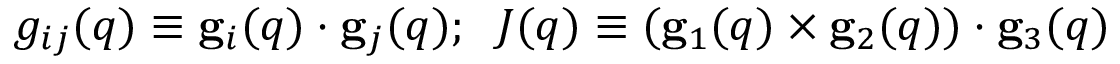
g _ { i j } ( { q } ) \equiv { \bf g } _ { i } ( { q } ) \cdot { \bf g } _ { j } ( { q } ) ; \; \; J ( { q } ) \equiv ( { \bf g } _ { 1 } ( { q } ) \times { \bf g } _ { 2 } ( { q } ) ) \cdot { \bf g } _ { 3 } ( { q } )